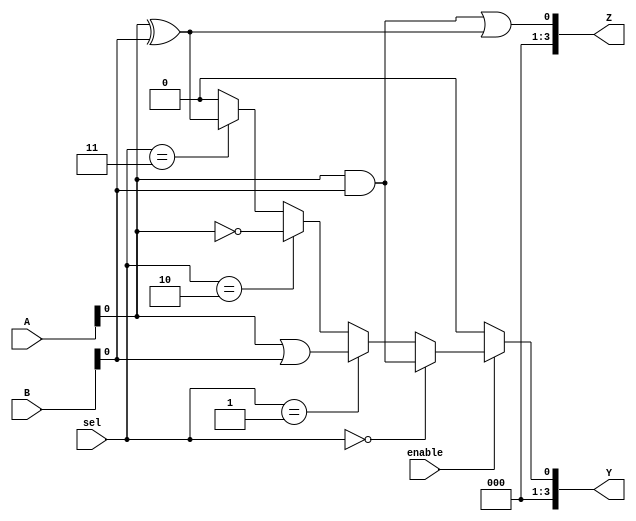
module combinational_logic_block (
    input wire [3:0] A,        // 4-bit input A
    input wire [3:0] B,        // 4-bit input B
    input wire [1:0] sel,      // 2-bit selector for multiplexer
    input wire enable,          // Enable signal
    output wire [3:0] Y,       // 4-bit output Y
    output wire [3:0] Z        // Additional output Z
);

// Internal wires for logic operations
wire and_out;
wire or_out;
wire not_out;
wire xor_out;

// Logic gates
assign and_out = A & B;       // AND operation
assign or_out = A | B;        // OR operation
assign not_out = ~A;          // NOT operation on A
assign xor_out = A ^ B;       // XOR operation

// Multiplexer to select output based on 'sel' signal
wire [3:0] mux_out;
assign mux_out = (sel == 2'b00) ? and_out :
                 (sel == 2'b01) ? or_out :
                 (sel == 2'b10) ? not_out :
                 (sel == 2'b11) ? xor_out : 4'b0000;

// Enable control for output Y
assign Y = enable ? mux_out : 4'b0000; // Output Y is enabled based on 'enable'

// Additional output Z as a combination of logic operations
assign Z = and_out | xor_out; // Example: Z is a combination of AND and XOR outputs

endmodule